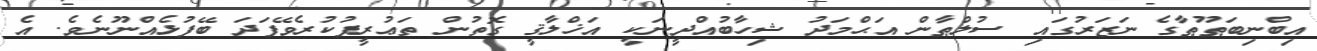
އިބްނިބަޠޫޠާގެ ނަޒަރުގައި ސުލްޠާން އަޙްމަދު ޝިހާބުއްދީނަކީ އަޚްލާޤީ ގޮތުން ތަޢުރީފުކުރެވޭފަދަ ބޭފުޅެއްނޫނެވެ. އެ